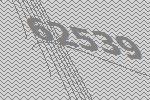
62539